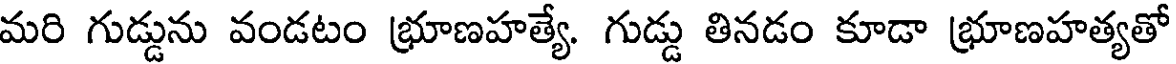
మరి గుడ్డును వండటం భ్రూణహత్యే. గుడ్డు తినడం కూడా భ్రూణహత్యతో